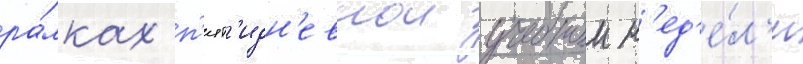
ра́мках п'ят'идн'евнои учебнои н'ед'е́л'и